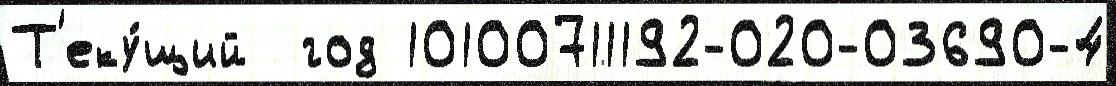
Т'еку́щий  год 10100711192-020-03690-4